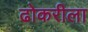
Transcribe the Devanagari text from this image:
ढोकरीला